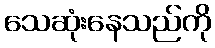
သေဆုံးနေသည်ကို